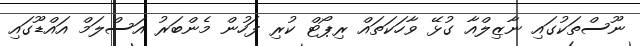
ނޫސްތަކުގައި ނާޒިލްއާ ގުޅޭ ވާހަކަތައް ރިޕޯޓް ކުރި ފަހުން މެންބަރު އަސްލަމް އައްޑޫގައި